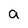
Character: a